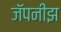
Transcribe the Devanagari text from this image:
जॅपनीझ